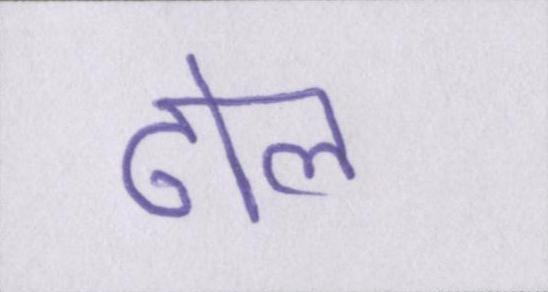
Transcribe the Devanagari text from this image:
ढोल